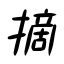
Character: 摘